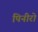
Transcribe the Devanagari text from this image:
पिनीरो